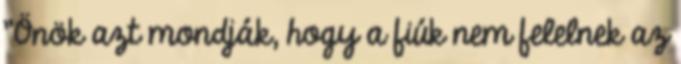
"Önök azt mondják, hogy a fiúk nem felelnek az